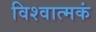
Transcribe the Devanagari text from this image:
विश्वात्मकं